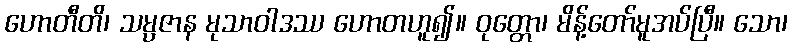
ဟောတီတိ၊ သမ္ပဇာန မုသာဝါဒဿ ဟောတဟူ၍။ ဝုတ္တော၊ မိန့်တော်မူအပ်ပြီ။ သော၊